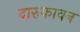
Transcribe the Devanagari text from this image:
दारुकावन